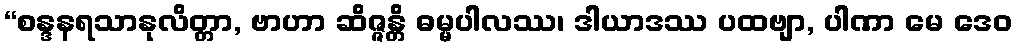
“စန္ဒနရသာနုလိတ္တာ, ဗာဟာ ဆိဇ္ဇန္တိ ဓမ္မပါလဿ၊ ဒါယာဒဿ ပထဗျာ, ပါဏာ မေ ဒေဝ